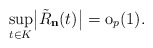
\begin{align*}\sup_{t\in K}\bigl|\tilde{R}_{\mathbf{n}}(t)\bigr|=\mathrm{o}_{p}(1).\end{align*}